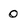
Character: 0